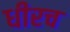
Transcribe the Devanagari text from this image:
धीरच